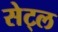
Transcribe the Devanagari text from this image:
सेट्ल